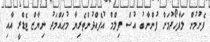
ފެށުމުން ލަފާހޯދުމަށް ފުންނާބު އުސް ފިލްމް އުފެއްދުންތެރިޔާ މުޙައްމަދު ނިޔާޒް ޓެޑްރީ އާއި